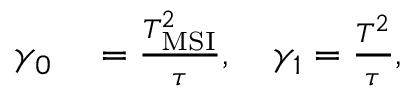
\begin{array} { r l } { \gamma _ { 0 } } & { { } = \frac { T _ { \mathrm { M S I } } ^ { 2 } } { \tau } , \quad \gamma _ { 1 } = \frac { T ^ { 2 } } { \tau } , } \end{array}